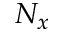
N _ { x }